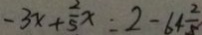
- 3 x + \frac { 2 } { 5 } x = 2 - 6 4 \frac { 2 } { 5 }